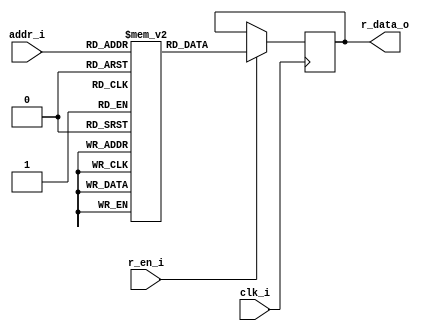
// This program was cloned from: https://github.com/IObundle/iob-soc
// License: MIT License

`timescale 1ns / 1ps

module iob_rom_sp #(
   parameter DATA_W  = 8,
   parameter ADDR_W  = 10,
   parameter HEXFILE = "none"
) (
   input                   clk_i,
   input                   r_en_i,
   input      [ADDR_W-1:0] addr_i,
   output reg [DATA_W-1:0] r_data_o
);

   // this allows ISE 14.7 to work; do not remove
   localparam mem_init_file_int = HEXFILE;

   // Declare the ROM
   reg [DATA_W-1:0] rom[(2**ADDR_W)-1:0];

   // Initialize the ROM
   initial if (mem_init_file_int != "none") $readmemh(mem_init_file_int, rom, 0, (2 ** ADDR_W) - 1);

   // Operate the ROM
   always @(posedge clk_i) if (r_en_i) r_data_o <= rom[addr_i];

endmodule